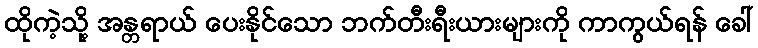
ထိုကဲ့သို့ အန္တရာယ် ပေးနိုင်သော ဘက်တီးရီးယားများကို ကာကွယ်ရန် ခေါ်